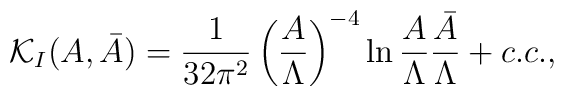
{\cal K}_I(A,\bar A)= {1\over 32\pi^2}\left({A\over \Lambda}\right)^{-4}\ln {A\over \Lambda} {\bar A\over \Lambda}+c.c.,